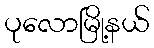
ပုလောမြို့နယ်